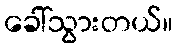
ခေါ်သွားတယ်။